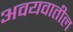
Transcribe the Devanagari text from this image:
अवयवातील